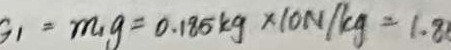
G _ { 1 } = m _ { 1 } g = 0 . 1 8 5 k g \times 1 0 N / k g = 1 . 8